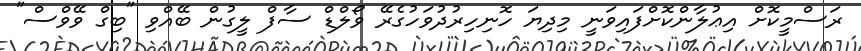
ރަސްމީކޮށް އިޢުލާންކޮށްފައިވަނީ މިދިޔަ ހޮނިހިރުދުވަހުގެރޭ ވޯލްޑް ސާފް ލީގުން ބޭއްވި "ބިގް ވޭވްސް"